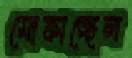
মোফাচ্ছেল